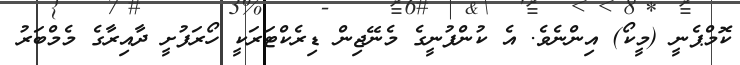
ކޮމްޕެނީ (މީކޯ) އިންނެވެ. އެ ކުންފުނީގެ މެނޭޖިން ޑިރެކްޓަރަކީ ހޯރަފުށީ ދާއިރާގެ މެމްބަރު